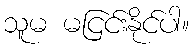
သူမ မငြင်းနိုင်ပါ။